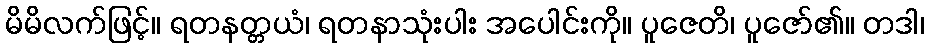
မိမိလက်ဖြင့်။ ရတနတ္တယံ၊ ရတနာသုံးပါး အပေါင်းကို။ ပူဇေတိ၊ ပူဇော်၏။ တဒါ၊